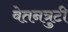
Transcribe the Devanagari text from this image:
वेतनत्रुटी